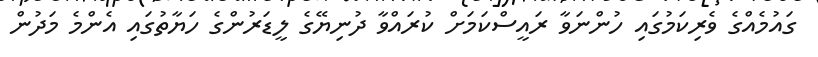
ގައުމެއްގެ ވެރިކަމުގައި ހުންނަވާ ރައީސްކަމަށް ކުރައްވާ ދުނިޔޭގެ ލީޑަރުންގެ ހަޔާތުގައި އެންމެ މަދުން